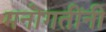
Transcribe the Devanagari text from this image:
मनोगतींनी